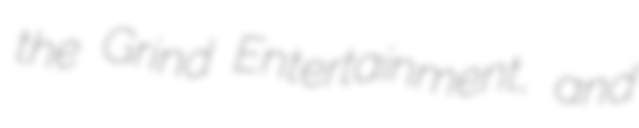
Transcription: the Grind Entertainment, and